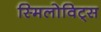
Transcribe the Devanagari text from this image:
स्मिलोविट्स